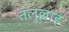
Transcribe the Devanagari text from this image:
तलुल्लाह